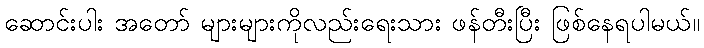
ဆောင်းပါး အတော် များများကိုလည်းရေးသား ဖန်တီးပြီး ဖြစ်နေရပါမယ်။